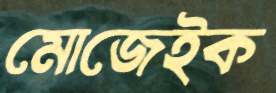
মোজেইক